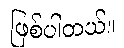
ဖြစ်ပါတယ်။